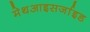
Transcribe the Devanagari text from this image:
मेथआइसर्जाइड